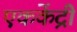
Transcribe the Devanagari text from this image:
एककेंद्री